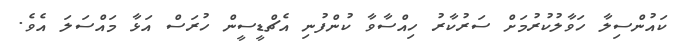
ކައުންސިލާ ހަވާލުކުރުމަށް ސަރުކާރު ހިއްސާވާ ކުންފުނި އެޗްޑީސީން ހުރަސް އަޅާ މައްސަލަ އެވެ.